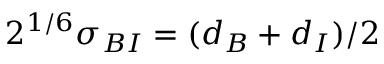
2 ^ { 1 / 6 } \sigma _ { B I } = ( d _ { B } + d _ { I } ) / 2